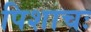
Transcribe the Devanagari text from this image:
पिशाचः